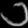
Digit: ၁